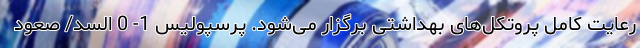
رعایت کامل پروتکل‌های بهداشتی برگزار می‌شود. پرسپولیس 1- 0 السد/ صعود